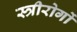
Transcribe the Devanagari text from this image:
स्त्रीरोगों